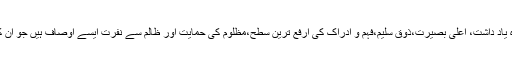
ان کا قوی مشاہدہ،عمیق مطالعہ، بے پناہ یاد داشت، اعلیٰ بصیرت،ذوق سلیم،فہم و ادراک کی ارفع ترین سطح،مظلوم کی حمایت اور ظالم سے نفرت ایسے اوصاف ہیں جو ان کو منفرد اور ممتاز مقام عطا کرتے ہیں۔